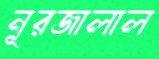
নূরজালাল